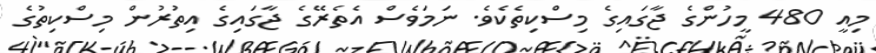
މިއީ 480 މީހުންގެ ޖާގައިގެ މިސްކިތެކެވެ. ނަމަވެސް އެތެރޭގެ ޖާގައިގެ އިތުރުން މިސްކިތުގެ